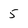
Character: 5